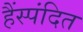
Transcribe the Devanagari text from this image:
हैंस्पंदित